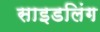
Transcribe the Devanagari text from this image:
साइडलिंग